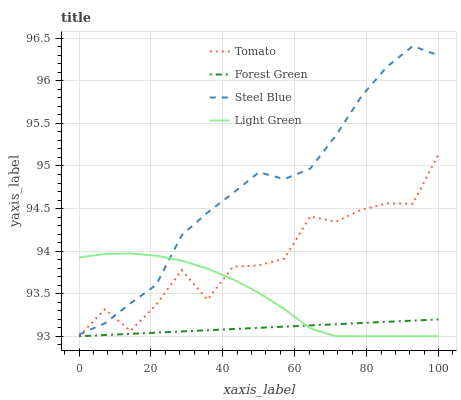
| xaxis_label | Tomato | Forest Green | Steel Blue | Light Green |
 | --- | --- | --- | --- | --- |
 | 0 | 93 | 93 | 93 | 93.9 |
 | 7.14 | 93.3 | 93 | 93.2 | 94 |
 | 14.3 | 93.1 | 93 | 93.4 | 94 |
 | 21.4 | 93.4 | 93 | 93.6 | 93.9 |
 | 28.6 | 93.8 | 93.1 | 94.2 | 93.9 |
 | 35.7 | 93.4 | 93.1 | 94.5 | 93.8 |
 | 42.9 | 93.8 | 93.1 | 94.7 | 93.7 |
 | 50 | 93.8 | 93.1 | 94.9 | 93.5 |
 | 57.1 | 93.9 | 93.1 | 94.8 | 93.3 |
 | 64.3 | 94.4 | 93.1 | 95 | 93.1 |
 | 71.4 | 94.3 | 93.1 | 95.4 | 93 |
 | 78.6 | 94.5 | 93.2 | 95.8 | 93 |
 | 85.7 | 94.6 | 93.2 | 96.2 | 93 |
 | 92.9 | 94.6 | 93.2 | 96.4 | 93 |
 | 100 | 95.1 | 93.2 | 96.3 | 93 |